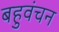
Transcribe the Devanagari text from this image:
बहुवंचन